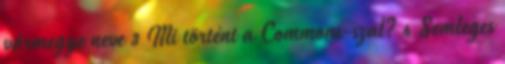
vármegye neve 3 Mi történt a Commons-szal? 4 Semleges